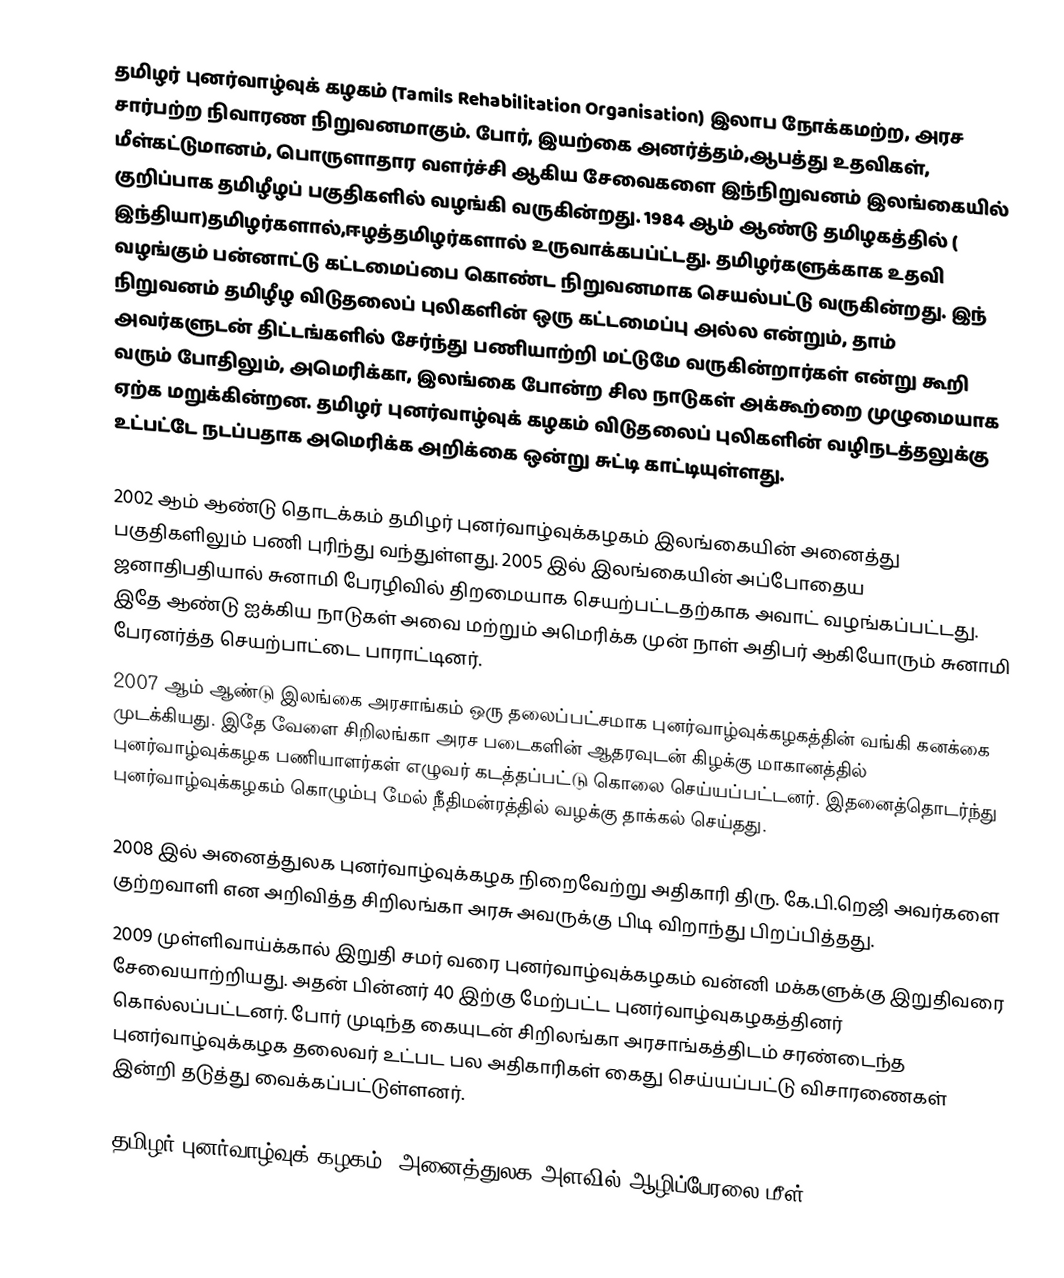
தமிழர் புனர்வாழ்வுக் கழகம் (Tamils Rehabilitation Organisation) இலாப நோக்கமற்ற, அரச சார்பற்ற நிவாரண நிறுவனமாகும். போர், இயற்கை அனர்த்தம்,ஆபத்து உதவிகள், மீள்கட்டுமானம், பொருளாதார வளர்ச்சி ஆகிய சேவைகளை இந்நிறுவனம் இலங்கையில் குறிப்பாக தமிழீழப் பகுதிகளில் வழங்கி வருகின்றது. 1984 ஆம் ஆண்டு தமிழகத்தில் ( இந்தியா)தமிழர்களால்,ஈழத்தமிழர்களால் உருவாக்கபப்ட்டது. தமிழர்களுக்காக உதவி வழங்கும் பன்னாட்டு கட்டமைப்பை கொண்ட நிறுவனமாக செயல்பட்டு வருகின்றது. இந் நிறுவனம் தமிழீழ விடுதலைப் புலிகளின் ஒரு கட்டமைப்பு அல்ல என்றும், தாம் அவர்களுடன் திட்டங்களில் சேர்ந்து பணியாற்றி மட்டுமே வருகின்றார்கள் என்று கூறி வரும் போதிலும், அமெரிக்கா, இலங்கை போன்ற சில நாடுகள் அக்கூற்றை முழுமையாக ஏற்க மறுக்கின்றன. தமிழர் புனர்வாழ்வுக் கழகம் விடுதலைப் புலிகளின் வழிநடத்தலுக்கு உட்பட்டே நடப்பதாக அமெரிக்க அறிக்கை ஒன்று சுட்டி காட்டியுள்ளது.

2002 ஆம் ஆண்டு தொடக்கம் தமிழர் புனர்வாழ்வுக்கழகம் இலங்கையின் அனைத்து பகுதிகளிலும் பணி புரிந்து வந்துள்ளது. 2005 இல் இலங்கையின் அப்போதைய ஜனாதிபதியால் சுனாமி பேரழிவில் திறமையாக செயற்பட்டதற்காக அவாட் வழங்கப்பட்டது. இதே ஆண்டு ஐக்கிய நாடுகள் அவை மற்றும் அமெரிக்க முன் நாள் அதிபர் ஆகியோரும் சுனாமி பேரனர்த்த செயற்பாட்டை பாராட்டினர்.
2007 ஆம் ஆண்டு இலங்கை அரசாங்கம் ஒரு தலைப்பட்சமாக புனர்வாழ்வுக்கழகத்தின் வங்கி கனக்கை முடக்கியது. இதே வேளை சிறிலங்கா அரச படைகளின் ஆதரவுடன் கிழக்கு மாகானத்தில் புனர்வாழ்வுக்கழக பணியாளர்கள் எழுவர் கடத்தப்பட்டு கொலை செய்யப்பட்டனர். இதனைத்தொடர்ந்து புனர்வாழ்வுக்கழகம் கொழும்பு மேல் நீதிமன்ரத்தில் வழக்கு தாக்கல் செய்தது.

2008 இல் அனைத்துலக புனர்வாழ்வுக்கழக நிறைவேற்று அதிகாரி திரு. கே.பி.றெஜி அவர்களை குற்றவாளி என அறிவித்த சிறிலங்கா அரசு அவருக்கு பிடி விறாந்து பிறப்பித்தது.
2009 முள்ளிவாய்க்கால் இறுதி சமர் வரை புனர்வாழ்வுக்கழகம் வன்னி மக்களுக்கு இறுதிவரை சேவையாற்றியது. அதன் பின்னர் 40 இற்கு மேற்பட்ட புனர்வாழ்வுகழகத்தினர் கொல்லப்பட்டனர். போர் முடிந்த கையுடன் சிறிலங்கா அரசாங்கத்திடம் சரண்டைந்த புனர்வாழ்வுக்கழக தலைவர் உட்பட பல அதிகாரிகள் கைது செய்யப்பட்டு விசாரணைகள் இன்றி தடுத்து வைக்கப்பட்டுள்ளனர்.

தமிழர் புனர்வாழ்வுக் கழகம், அனைத்துலக அளவில் ஆழிப்பேரலை மீள்